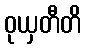
ဝုယှတီတိ